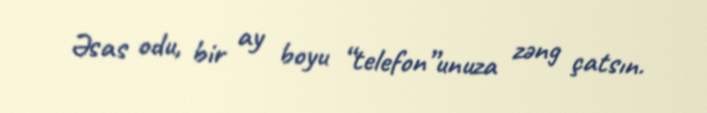
Əsas odu, bir ay boyu “telefon”unuza zəng çatsın.